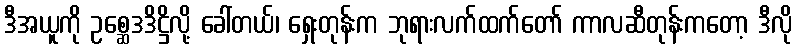
ဒီအယူကို ဥစ္ဆေဒဒိဋ္ဌိလို့ ခေါ်တယ်၊ ရှေးတုန်းက ဘုရားလက်ထက်တော် ကာလဆီတုန်းကတော့ ဒီလို